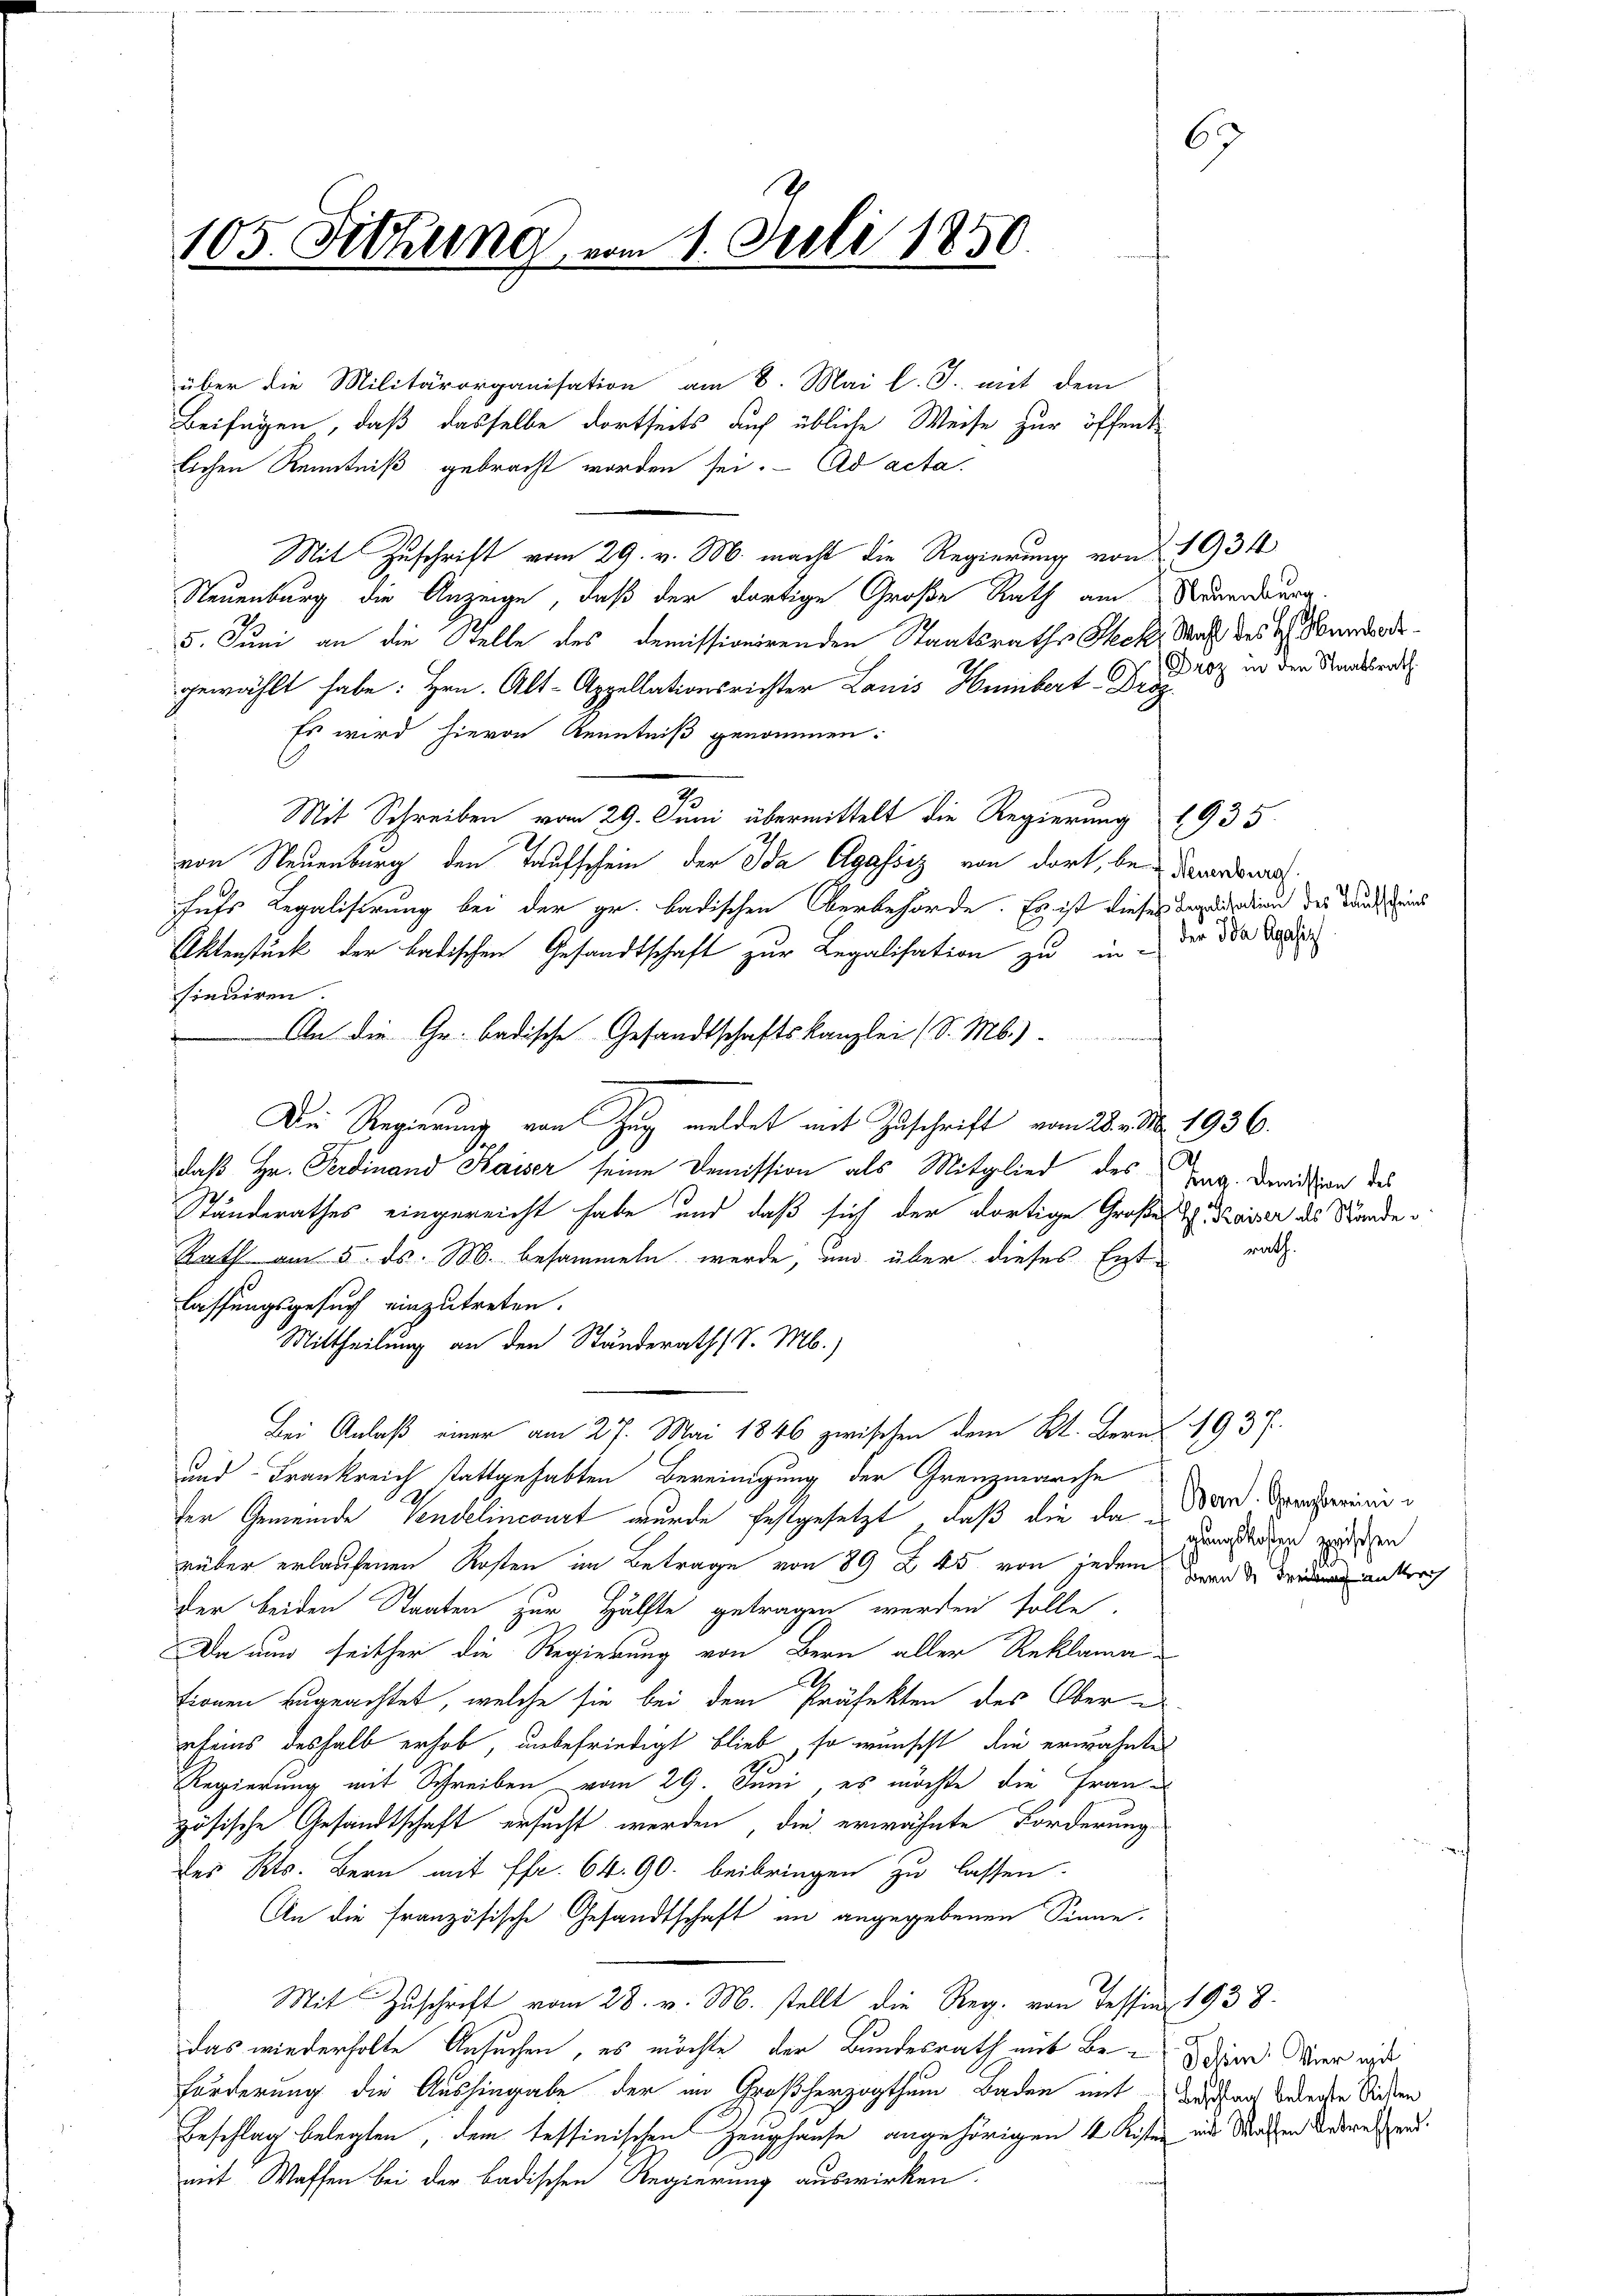
105. Fettung vom 1. Juli 1850.

über die Militärorganisation am 8. Mai l. J. mit dem
Beifügen, daß dasselbe dortseits auch übliche Weise zur öffentlichen Kenntniß gebracht worden sei. Ad acta.
.
Mit Zuschrift vom 29. v. M. macht die Regierung von 1934
Neuenburg die Anzeige, daß der dortige Große Rath am Neuordnung.
5. Juni an die Stelle des demissionirenden Staatsraths Steck, Was des E. Mendortgewählt habe: Hrn. Alt-Appellationsrichter Lauis Hümbert Fra
Es wird hievon Kenntniß genommen:
Mit Schreiben vom 29. Juni übermittelt die Regierung 1935.
von Neuenburg den Taufschein der Ida Agassiz von dort, bei danards nach
huts Legalisirung bei der gr. badischen Oberbehörde. Es ist dieses Depuddien der Anstand
der Ida Agasiz
Aktenstück der badischen Gesandtschaft zur Legalisation zu in-
sinuiren.
An die Gr. badische Gesandtschaftskanzlei (S. M.)
Die Regierung von Zug meldet mit Zuschrift vom 28. v. d. 1936.
daß Hr. Ferdinand Kaiser seine Demission als Mitglied des Tag. Devision des
Ständerathes eingereicht habe und daß sich der dortige Große I. Kaiser des Stande
Rath am 5. ds. M. besammeln werde, und über dieses Entlassungsgesuch einzutreten.
Mittheilung an den Standerath v. M.)
Bei Anlaß einer am 27. Mai 1846 zwischen dem Kt. Bern 1937.
und Frankreich stattgehabten Bereinigung der Grenzmarche
ter Gemeinde Tendelincourt wurde festgesetzt, daß die da Bern. Gemeine
gungskosten zwischen
rüber erlaufenen Kosten im Betrage von 89 Z. 45 von jedem den entrach
der beiden Staaten zur Hälfte getragen werden solle.
Da nun seither die Regierung von Bern aller Reklama-
tionen zugeachtet, welche sie bei dem Präfekten des Ober-
rfeins deshalb erhob, unbefriedigt blieb, so wunscht die erwähnte
Regierung mit Schreiben vom 29. Juni, es möchte die Französische Gesandtschaft ersucht werden, die erwähnte Forderung
des Kts. Bern mit Fr. 64. 90. beibringen zu lassen.
An die französische Gesandtschaft an angegebenen Sinne.
Mit Zuschrift vom 28. v. M. stellt die Reg. von Tessin, 1938.
das wiederholte Ansuchen, es möchte der Bundesrath mit Beder hier ist
Forderung die Aushingabe der im Großherzogthum Baden mit Baden beeden Sichen
Beschlag belegten, dem tessinischen Zeughause angehörigen 4 Kisten in Malen deresselmit Waffen bei der badischen Regierung auswirken.

67

Droz in den Staatsrath

rath.